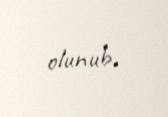
olunub.